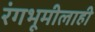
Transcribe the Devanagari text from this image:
रंगभूमीलाही